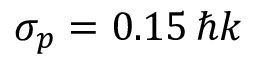
\sigma _ { p } = 0 . 1 5 \, \hbar k